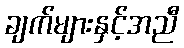
ချက်များနှင့်အညီ